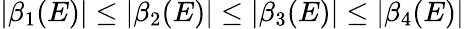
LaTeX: |\beta_{1}(E)|\le|\beta_{2}(E)|\le|\beta_{3}(E)|\le|\beta_{4}(E)|